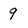
Character: q